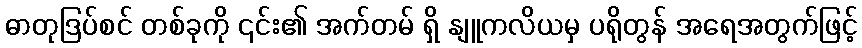
ဓာတုဒြပ်စင် တစ်ခုကို ၎င်း၏ အက်တမ် ရှိ နျူကလိယမှ ပရိုတွန် အရေအတွက်ဖြင့်